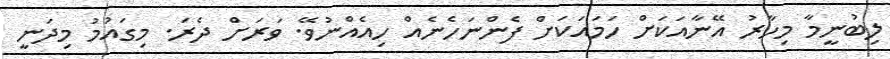
ލިބުނީމާ މިހާރު އޭނާއަކަށް ހަމައަކަށް ފެންނަހެނެއް ހިއެއްނުވޭ. ވަރަށް ދެރަ. މިގައުމު މިދަނީ